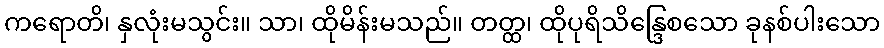
ကရောတိ၊ နှလုံးမသွင်း။ သာ၊ ထိုမိန်းမသည်။ တတ္ထ၊ ထိုပုရိသိန္ဒြေစသော ခုနစ်ပါးသော